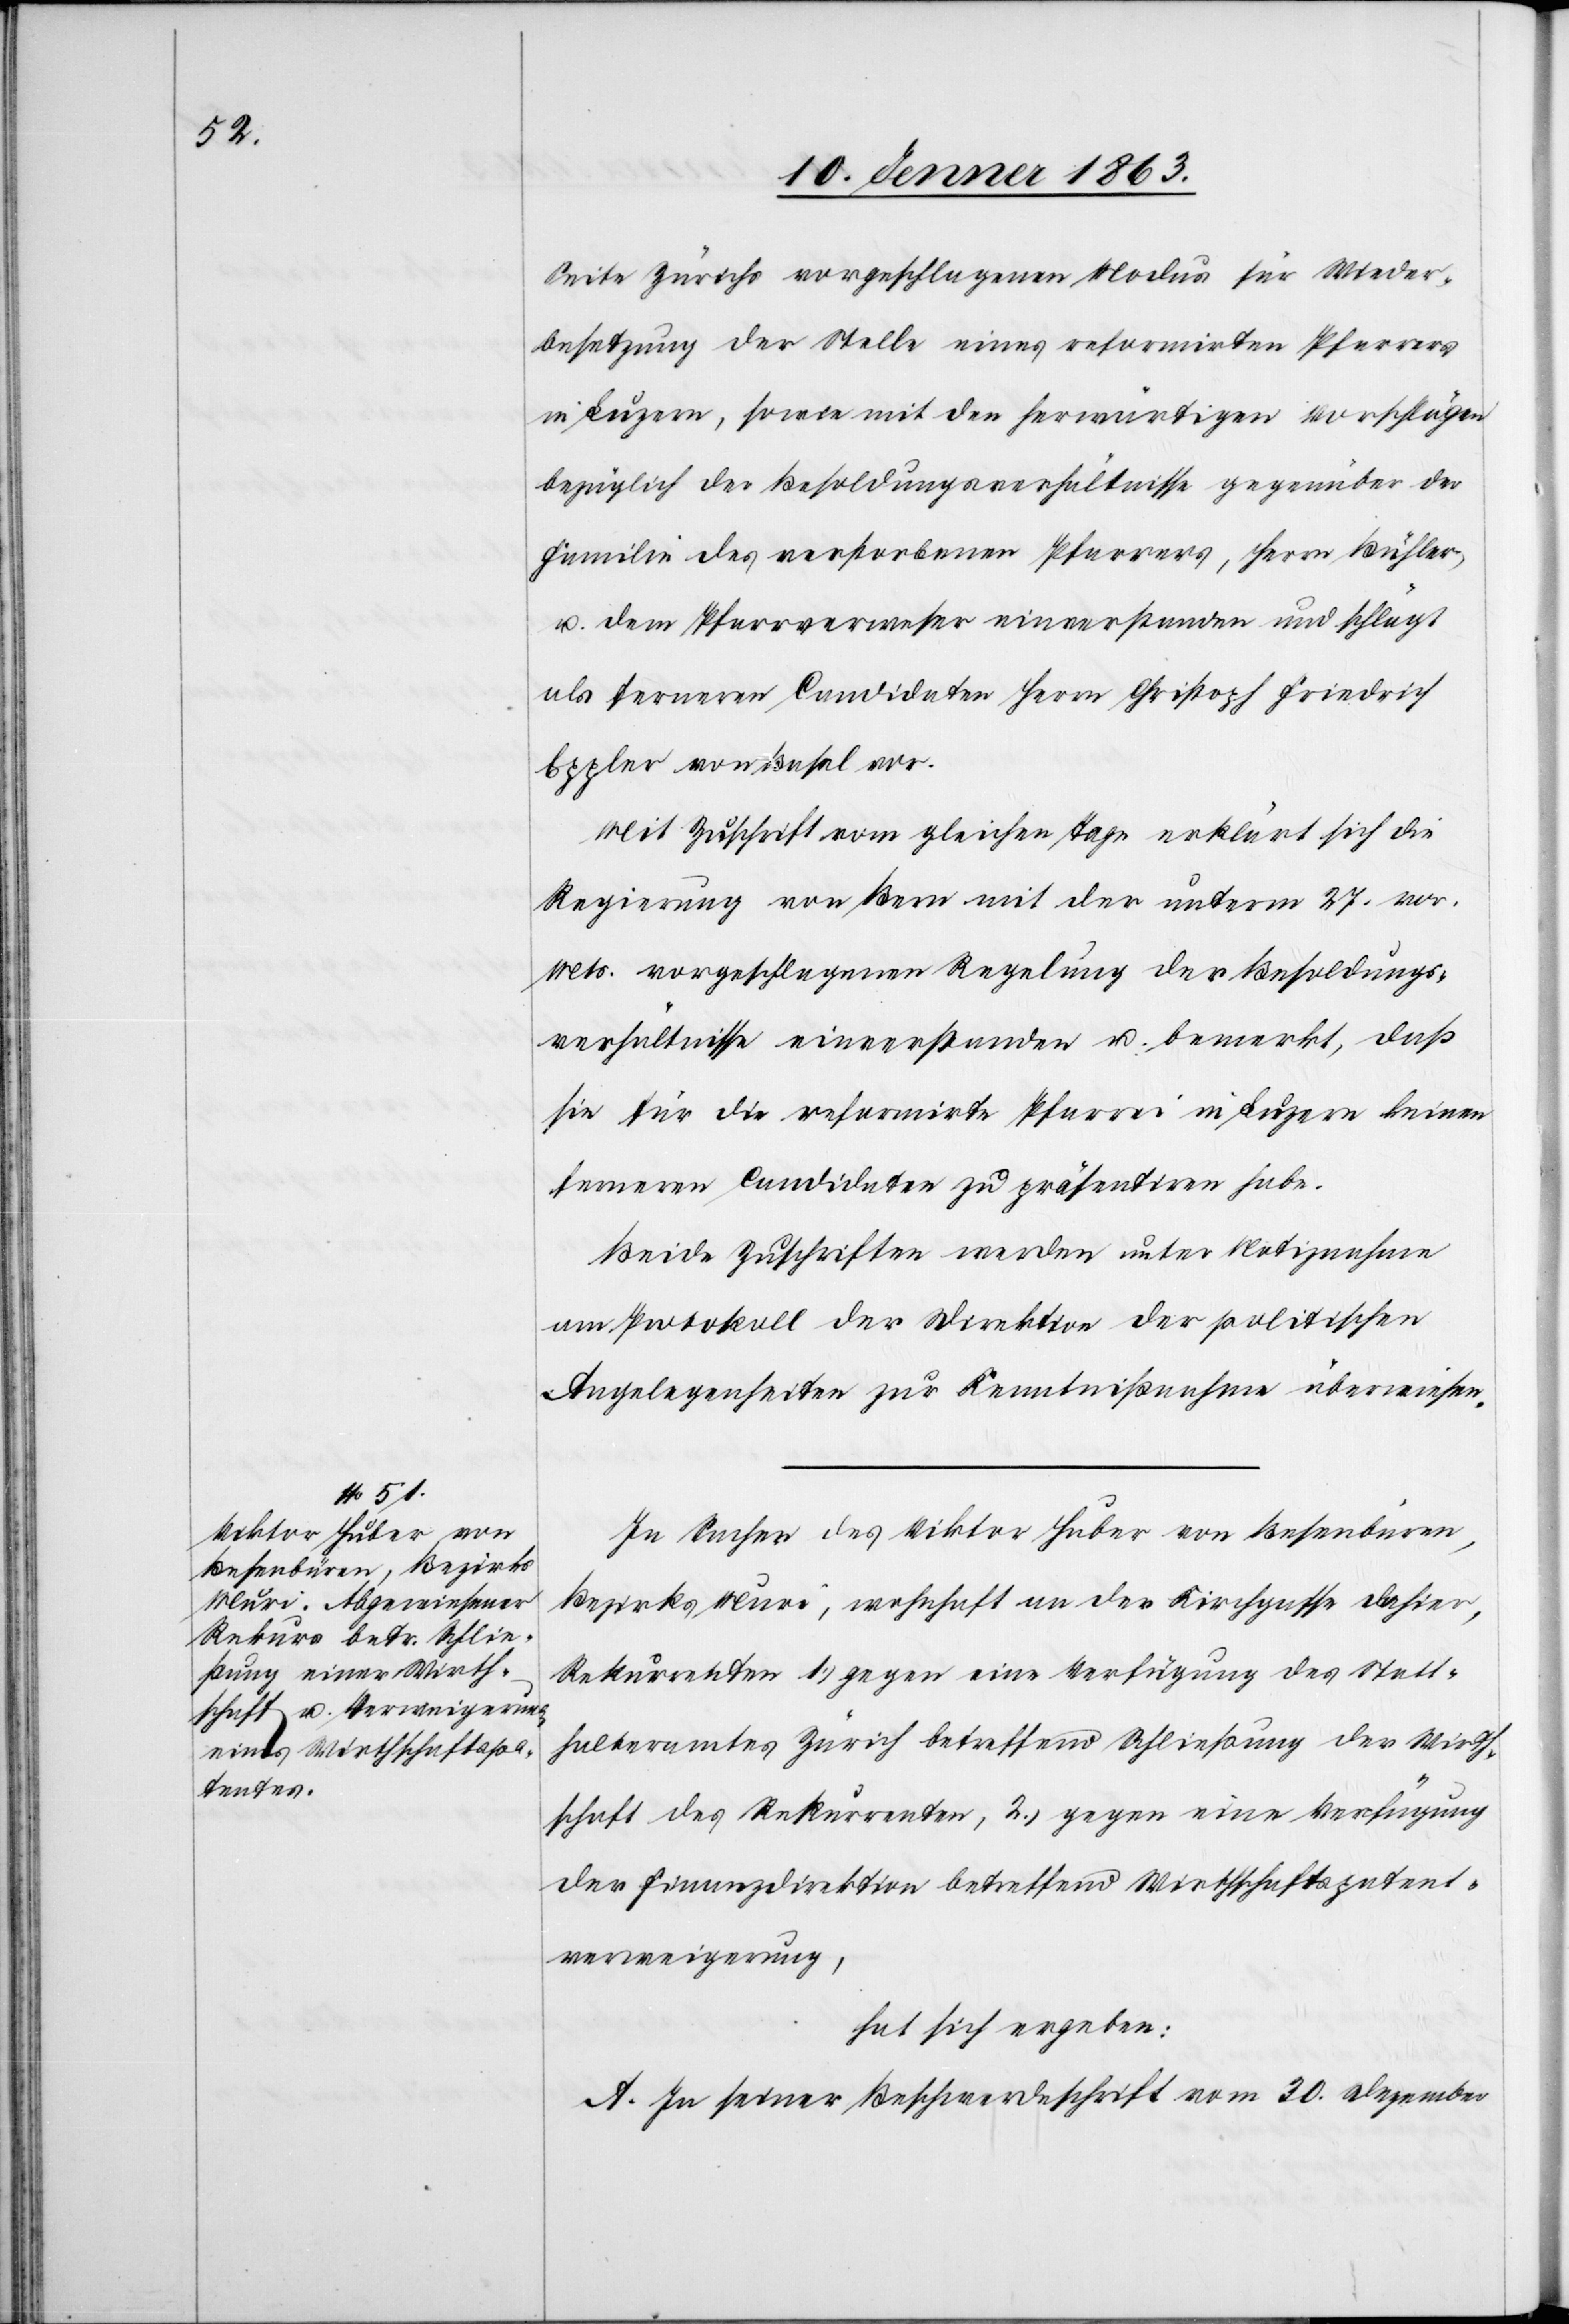
Seite Zürichs vorgeschlagenen Modus für Wieder¬
besetzung der Stelle eines reformirten Pfarrers
in Luzern, sowie mit den herwärtigen Vorschlägen
bezüglich der Besoldungsverhältnisse gegenüber der
Familie des verstorbenen Pfarrers, Herrn Bühler,
u. dem Pfarrverweser einverstanden und schlägt
als ferneren Candidaten Herrn Christoph Friedrich
Eppler von Basel vor.
Mit Zuschrift vom gleichen Tage erklärt sich die
Regierung von Bern mit der unterm 27. vor.
Mts. vorgeschlagenen Regelung der Besoldungs¬
verhältnisse einverstanden u. bemerkt, daß
sie für die reformirte Pfarrei in Luzern keinen
ferneren Candidaten zu präsentiren habe.
Beide Zuschriften werden unter Notiznahme
am Protokoll der Direktion der politischen
Angelegenheiten zur Kenntnißnahme überwiesen.
In Sachen des Viktor Huber von Besenbüren,
Bezirks Muri, wohnhaft an der Kirchgasse dahier,
Rekurrenten 1.) gegen eine Verfügung des Statt¬
halteramtes Zürich betreffend Schließung der Wirth¬
schaft des Rekurrenten, 2.) gegen eine Verfügung
der Finanzdirektion betreffend Wirthschaftspatent¬
verweigerung,
hat sich ergeben:
A. In seiner Beschwerdeschrift vom 30. Dezember